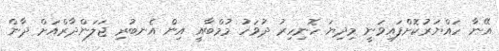
އޭނާ ހައްޔަރުކޮށްފައިވަނީ މިދިޔަ ހޮނިހިރު ދުވަހު މުމްބާއީ އިން އެނބުރި ޖަލަންދާރްއަށް ދާން